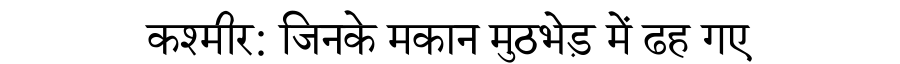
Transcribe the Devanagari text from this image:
कश्मीर: जिनके मकान मुठभेड़ में ढह गए